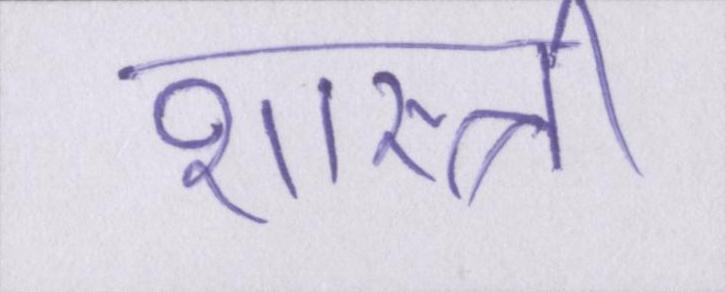
शास्त्री